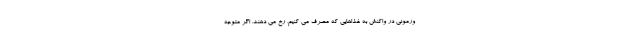
ورمونی در واکنش به غذاهایی که مصرف می کنیم، رخ می دهند. اگر متوجه